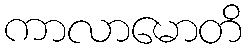
ကာလာမောတိ